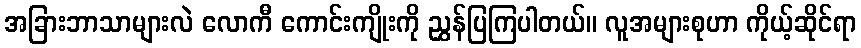
အခြားဘာသာများလဲ လောကီ ကောင်းကျိုးကို ညွှန်ပြကြပါတယ်။ လူအများစုဟာ ကိုယ့်ဆိုင်ရာ